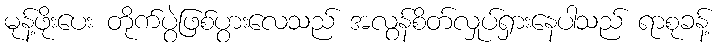
မုန့်ဖိုးပေး တိုက်ပွဲဖြစ်ပွားလေသည် အလွန်စိတ်လှုပ်ရှားနေပါသည် ရာစုခန့်